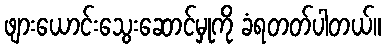
ဖျားယောင်းသွေးဆောင်မှုကို ခံရတတ်ပါတယ်။